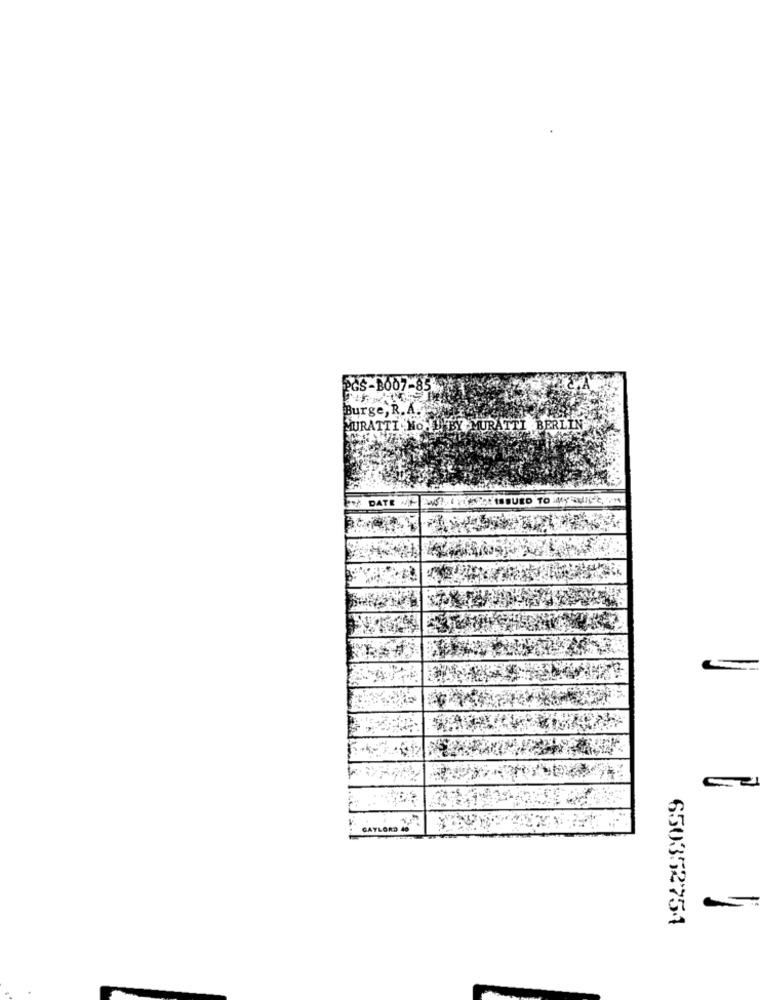
$-8007-85
Burge, R. A.
URATTI NOWI BY MURATTI BERLIN
650352754